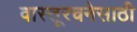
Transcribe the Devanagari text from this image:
वास्तूरचनेसाठी